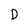
Character: D